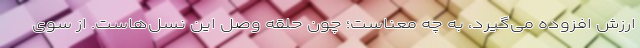
ارزش افزوده می‌گیرد، به چه معناست؛ چون حلقه وصل این نسل‌هاست. از سوی